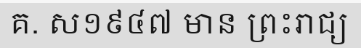
គ. ស១៩៤៧ មាន ព្រះរាជ្យ